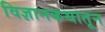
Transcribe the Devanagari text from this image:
विज्ञानकथातून